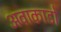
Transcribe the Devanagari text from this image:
अवाकाडो